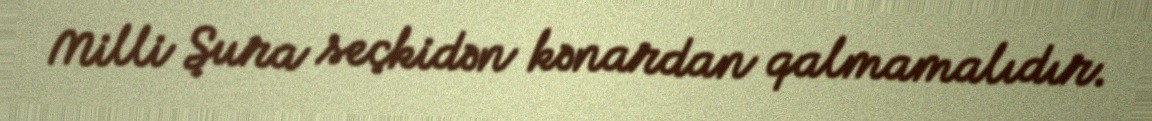
Milli Şura seçkidən kənardan qalmamalıdır.